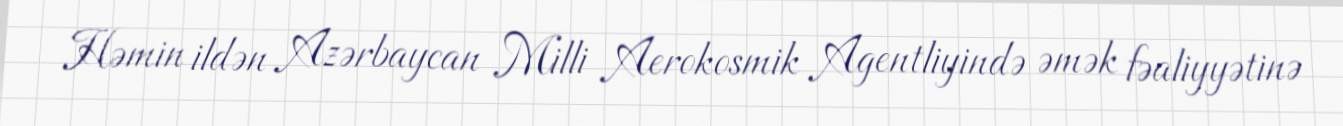
Həmin ildən Azərbaycan Milli Aerokosmik Agentliyində əmək fəaliyyətinə